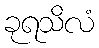
ခုရသိလံ